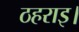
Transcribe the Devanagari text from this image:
ठहराइ।